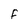
Character: F